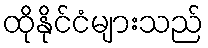
ထိုနိုင်ငံများသည်